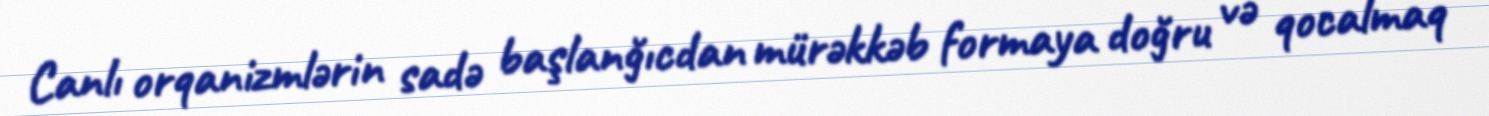
Canlı orqanizmlərin sadə başlanğıcdan mürəkkəb formaya doğru və qocalmaq